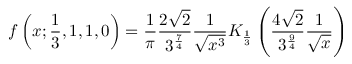
f \left( x ; { \frac { 1 } { 3 } } , 1 , 1 , 0 \right) = { \frac { 1 } { \pi } } { \frac { 2 { \sqrt { 2 } } } { 3 ^ { \frac { 7 } { 4 } } } } { \frac { 1 } { \sqrt { x ^ { 3 } } } } K _ { \frac { 1 } { 3 } } \left( { \frac { 4 { \sqrt { 2 } } } { 3 ^ { \frac { 9 } { 4 } } } } { \frac { 1 } { \sqrt { x } } } \right)